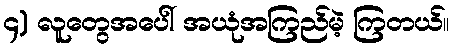
၄) လူတွေအပေါ် အယုံအကြည်မဲ့ ကြတယ်။